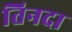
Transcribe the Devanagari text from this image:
तिनदा